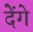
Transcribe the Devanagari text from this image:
देेंगे